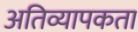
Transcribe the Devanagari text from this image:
अतिव्यापकता